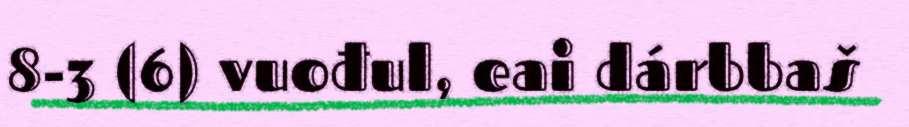
8-3 (6) vuođul, eai dárbbaš